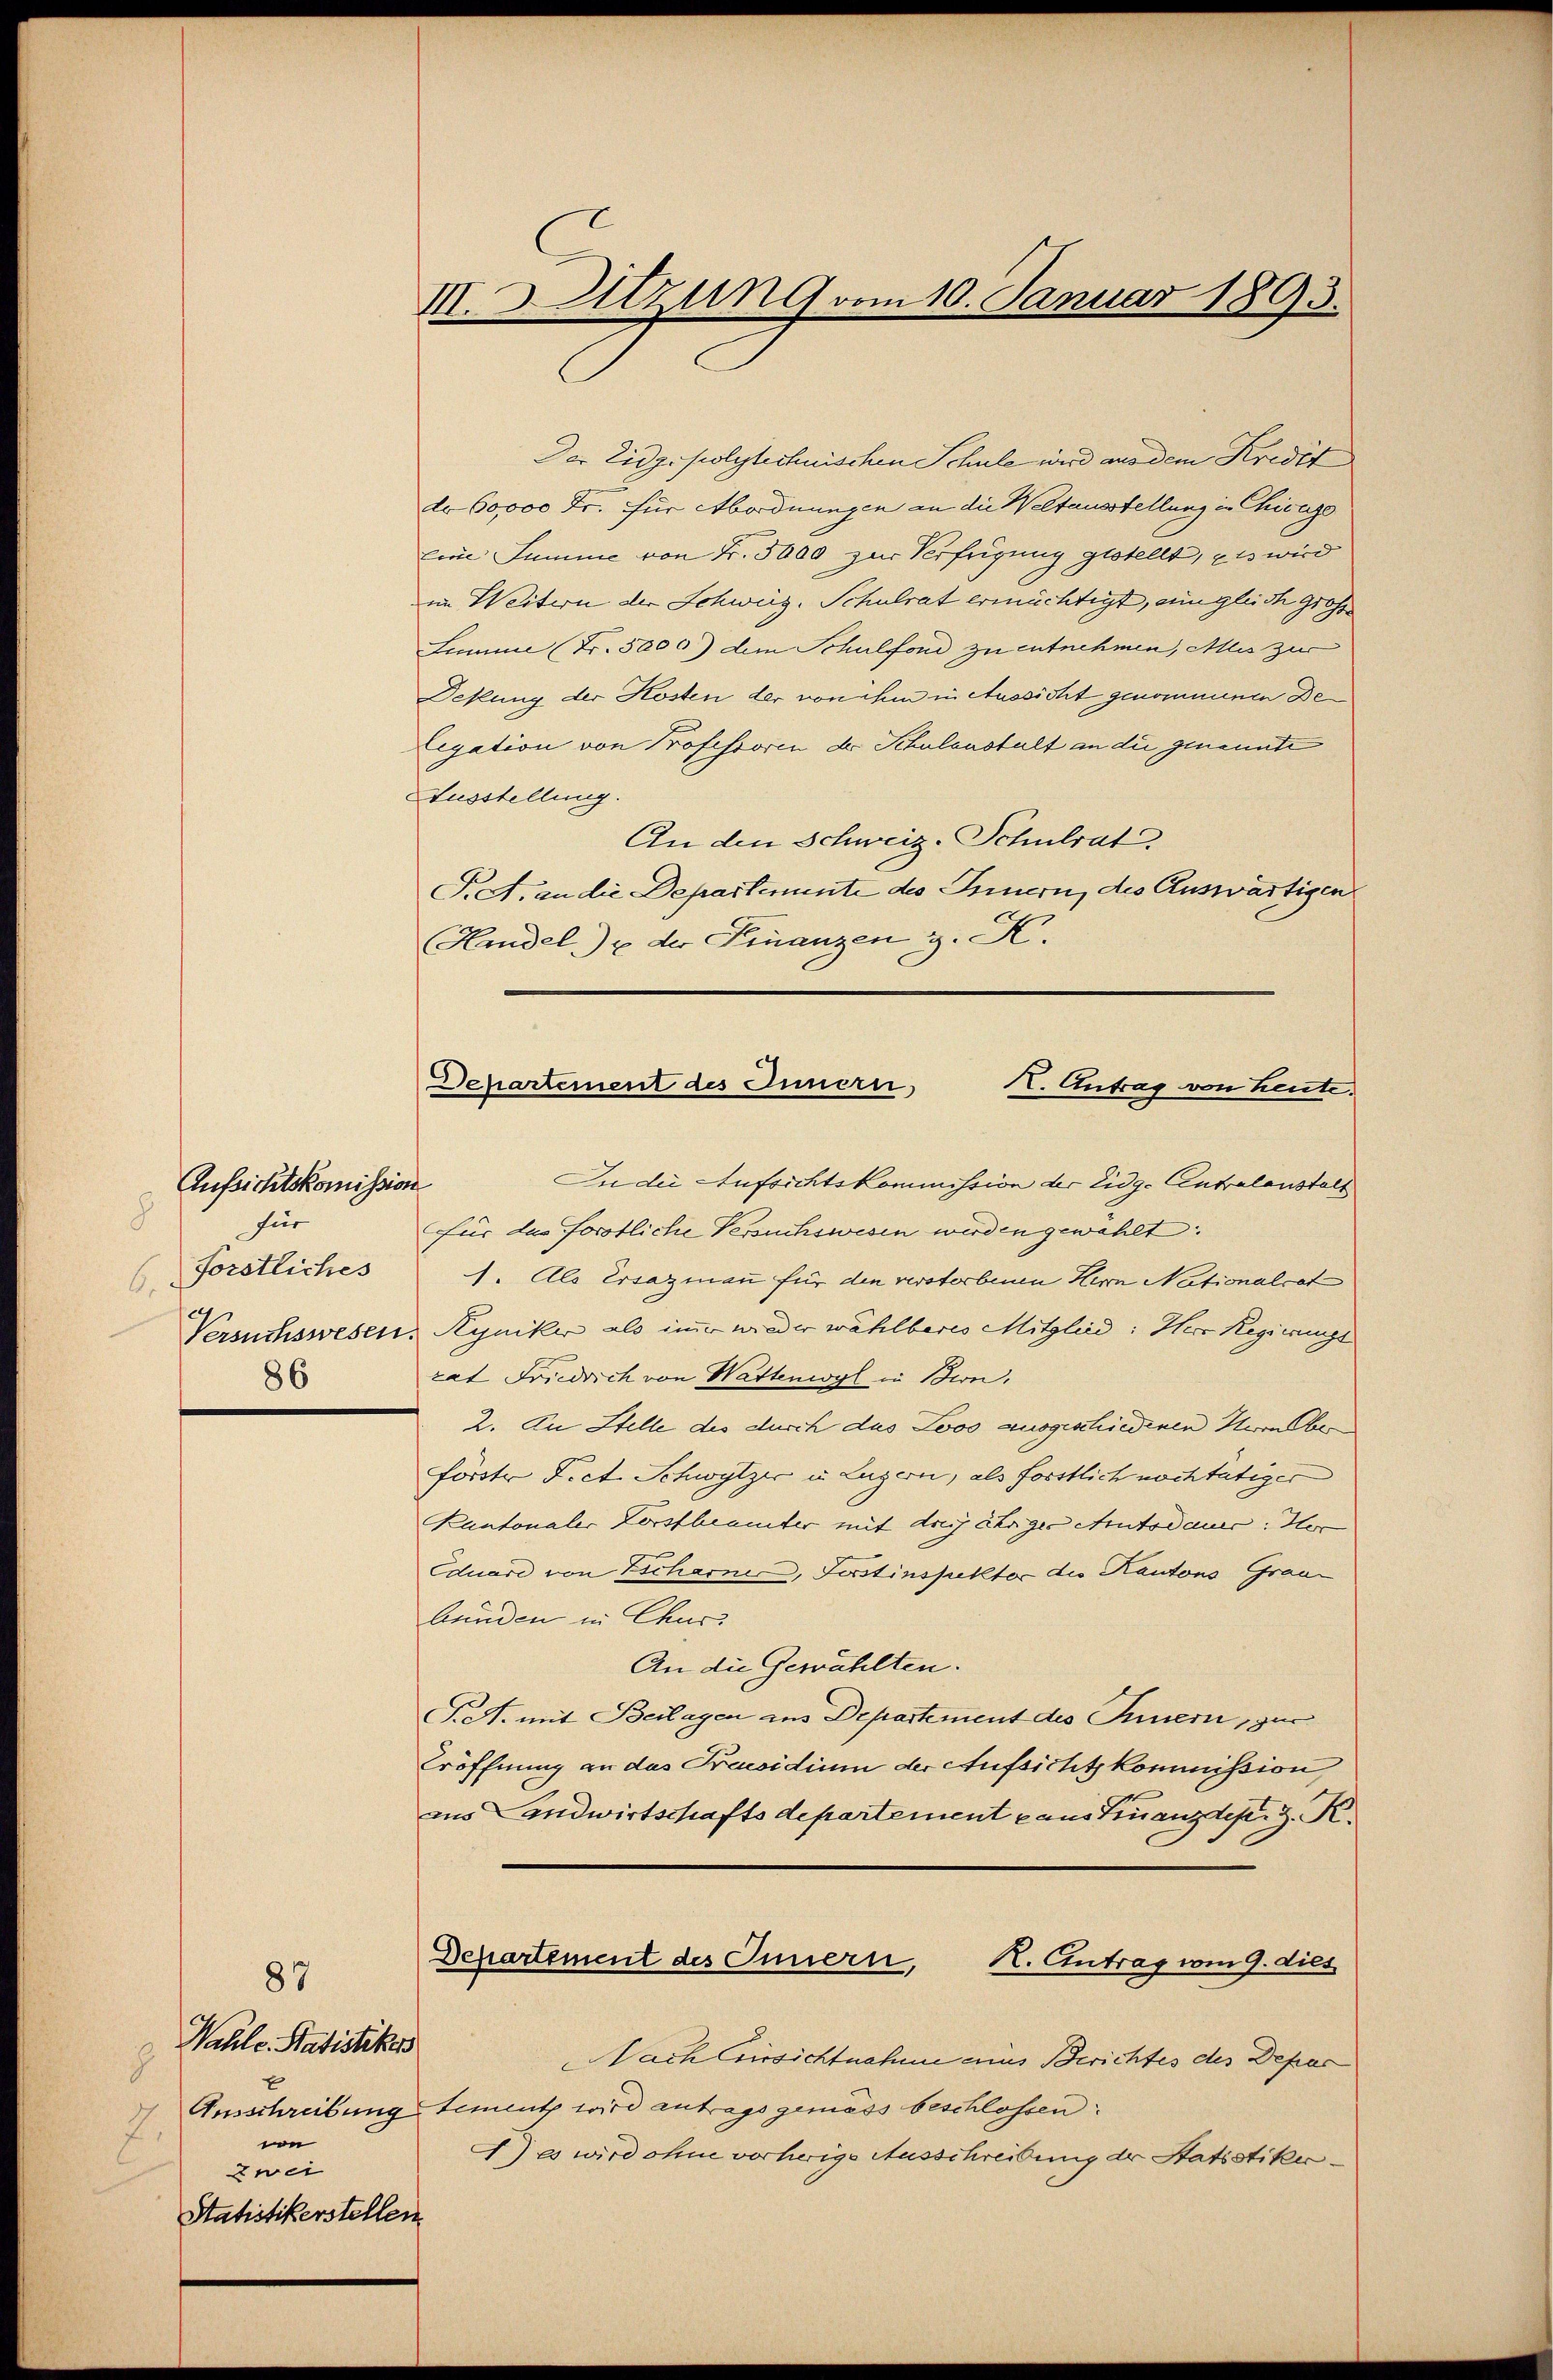
Aufsichtskomission
für
8
förstliches
6.
86

89
Wahle. Statistiker
8
7.
we
zwei
Statistikerstellen

II. S. Sitzung vom 10. Januar 1893.

Der Eidgepolytechnischen Schule wird aus dem Kredit
do 60000 Fr. für Abordnungen an die Weltausstellung in Chicage
Eine Summe von Fr. 3000 zur Verfügung gestellt, es wird
im Weitern der Schweiz. Schulrat ermächtigt, ein gleich grosse
Lumme (Fr. 5000) dem Schulfond zu entnehmen, Alles zur
Dekung der Kosten der von ihm in Aussicht genommenen De¬
Legation von Professoren der Schulanstalt an die genannte
Ausstellung.
An den Schweiz. Schulrat
T. A. an die Departiente des Innern, des Auswärtigen
Hedel) der Finanzen z. K.

Departement des Innern,
K. Antrag von heute.

In die Aufsichtskommission der Eidg. Eintralanstall
für das fortliche Versuchswesen werden gewählt:
1. Als Ersazmann für den verstorbenen Herrn Nationalrat
Versuchswesen. Syniker als immer wieder wählbares Mitglied: Herr Regierungs
rat Friedrich von Wattenwyl in Bern.
2. Zu Stelle des durch das Loos ausgeschiedenen Herrn Ober
förste F. et. Schwytzer u. Luzern, als forstlich noch tätiger
Kantonaler Vorstbeamter mit dreijähriges Autodaus: Her
Eduare von Escharner, Justinspektor die Kantons Grau
bunden in Chur-
An die Gewählten.
T.A. mit Beilagen aus Departement des Innern, zur
Eröffnung an das Präsidium der Aufsicht kommission
ans Landwirtschaftsdepartement aus Finanzdept. 3. K.
Departement des Innern,
R. Antrag vom 9. dies
NNach Einsichtnahme ains Berichtes des Depar
Ausschreibung tement wird antrags gemäss beschlossen:
J) es wird ohne vorherige Ausschreibung der Statistiki¬